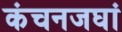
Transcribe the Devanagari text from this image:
कंचनजघां